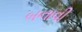
બનાવી